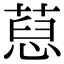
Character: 𦷚